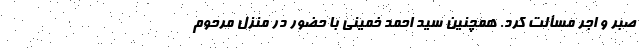
صبر و اجر مسألت کرد. همچنین سید احمد خمینی با حضور در منزل مرحوم